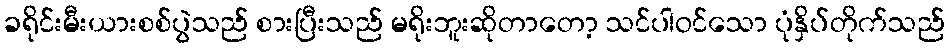
ခရိုင်းမီးယားစစ်ပွဲသည် စားပြီးသည် မရိုးဘူးဆိုတာတော့ သင်ပါဝင်သော ပုံနှိပ်တိုက်သည်